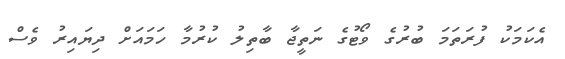
އެކަމަކު ފުރަތަމަ ބުރުގެ ވޯޓުގެ ނަތީޖާ ބާތިލު ކުރުމާ ހަމައަށް ދިޔައިރު ވެސް